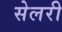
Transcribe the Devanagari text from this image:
सेलरी